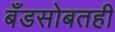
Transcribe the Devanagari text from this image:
बँडसोबतही